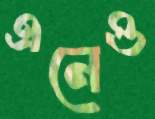
এনেও